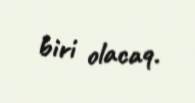
biri olacaq.